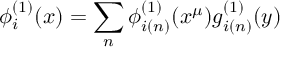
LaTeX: \phi _ { i } ^ { ( 1 ) } ( x ) = \sum _ { n } \phi _ { i ( n ) } ^ { ( 1 ) } ( x ^ { \mu } ) g _ { i ( n ) } ^ { ( 1 ) } ( y )